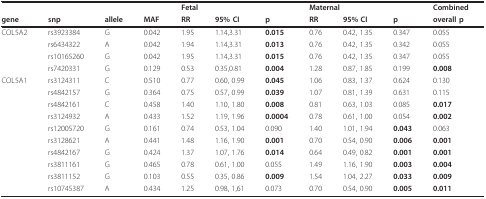
<table><thead><tr><td></td><td></td><td></td><td></td><td colspan="3"><b>Fetal</b></td><td colspan="3"><b>Maternal</b></td><td><b>Combined</b></td></tr><tr><td><b>gene</b></td><td><b>snp</b></td><td><b>allele</b></td><td><b>MAF</b></td><td><b>RR</b></td><td><b>95% CI</b></td><td><b>p</b></td><td><b>RR</b></td><td><b>95% CI</b></td><td><b>p</b></td><td><b>overall p</b></td></tr></thead><tbody><tr><td>COL5A2</td><td>rs3923384</td><td>G</td><td>0.042</td><td>1.95</td><td>1.14,3.31</td><td><b>0.015</b></td><td>0.76</td><td>0.42, 1.35</td><td>0.347</td><td>0.055</td></tr><tr><td></td><td>rs6434322</td><td>A</td><td>0.042</td><td>1.94</td><td>1.14,3.31</td><td><b>0.013</b></td><td>0.76</td><td>0.42, 1.35</td><td>0.342</td><td>0.055</td></tr><tr><td></td><td>rs10165260</td><td>G</td><td>0.042</td><td>1.95</td><td>1.14,3.31</td><td><b>0.015</b></td><td>0.76</td><td>0.42, 1.35</td><td>0.347</td><td>0.055</td></tr><tr><td></td><td>rs7420331</td><td>G</td><td>0.129</td><td>0.53</td><td>0.35,0.81</td><td><b>0.004</b></td><td>1.28</td><td>0.87, 1.85</td><td>0.199</td><td><b>0.008</b></td></tr><tr><td>COL5A1</td><td>rs3124311</td><td>C</td><td>0.510</td><td>0.77</td><td>0.60, 0.99</td><td><b>0.045</b></td><td>1.06</td><td>0.83, 1.37</td><td>0.624</td><td>0.130</td></tr><tr><td></td><td>rs4842157</td><td>G</td><td>0.364</td><td>0.75</td><td>0.57, 0.99</td><td><b>0.039</b></td><td>1.07</td><td>0.81, 1.39</td><td>0.631</td><td>0.115</td></tr><tr><td></td><td>rs4842161</td><td>C</td><td>0.458</td><td>1.40</td><td>1.10, 1.80</td><td><b>0.008</b></td><td>0.81</td><td>0.63, 1.03</td><td>0.085</td><td><b>0.017</b></td></tr><tr><td></td><td>rs3124932</td><td>A</td><td>0.433</td><td>1.52</td><td>1.19, 1.96</td><td><b>0.0004</b></td><td>0.78</td><td>0.61, 1.00</td><td>0.054</td><td><b>0.002</b></td></tr><tr><td></td><td>rs12005720</td><td>G</td><td>0.161</td><td>0.74</td><td>0.53, 1.04</td><td>0.090</td><td>1.40</td><td>1.01, 1.94</td><td><b>0.043</b></td><td>0.063</td></tr><tr><td></td><td>rs3128621</td><td>A</td><td>0.441</td><td>1.48</td><td>1.16, 1.90</td><td><b>0.001</b></td><td>0.70</td><td>0.54, 0.90</td><td><b>0.006</b></td><td><b>0.001</b></td></tr><tr><td></td><td>rs4842167</td><td>G</td><td>0.424</td><td>1.37</td><td>1.07, 1.76</td><td><b>0.014</b></td><td>0.64</td><td>0.49, 0.82</td><td><b>0.001</b></td><td><b>0.001</b></td></tr><tr><td></td><td>rs3811161</td><td>G</td><td>0.465</td><td>0.78</td><td>0.61, 1.00</td><td>0.055</td><td>1.49</td><td>1.16, 1.90</td><td><b>0.003</b></td><td><b>0.004</b></td></tr><tr><td></td><td>rs3811152</td><td>G</td><td>0.103</td><td>0.55</td><td>0.35, 0.86</td><td><b>0.009</b></td><td>1.54</td><td>1.04, 2.27</td><td><b>0.033</b></td><td><b>0.009</b></td></tr><tr><td></td><td>rs10745387</td><td>A</td><td>0.434</td><td>1.25</td><td>0.98, 1,61</td><td>0.073</td><td>0.70</td><td>0.54, 0.90</td><td><b>0.005</b></td><td><b>0.011</b></td></tr></tbody></table>